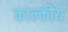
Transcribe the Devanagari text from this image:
काल्कीय